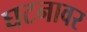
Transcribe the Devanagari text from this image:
घटनावर